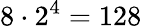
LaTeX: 8\cdot 2^{4}=128